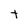
Character: t